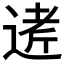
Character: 𲅟